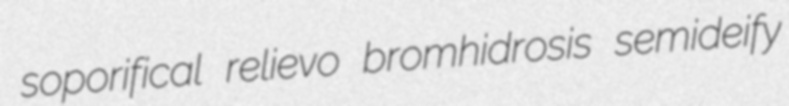
soporifical relievo bromhidrosis semideify